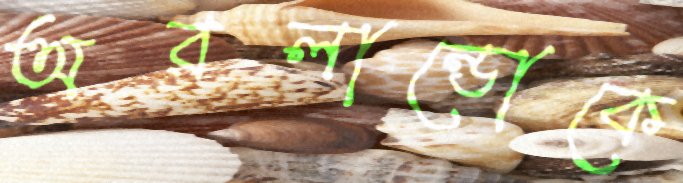
অরলান্ডোকে